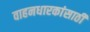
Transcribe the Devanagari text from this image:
वाहनधारकांसाठी